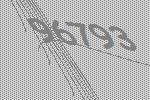
96793